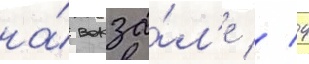
на́ вокза́л'е // 4